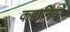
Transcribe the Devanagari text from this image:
कहानियोँ